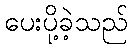
ပေးပို့ခဲ့သည်